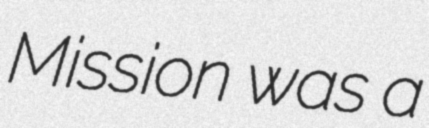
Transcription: Mission was a